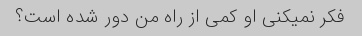
فکر نمیکنی او کمی از راه من دور شده است؟